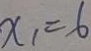
x _ { 1 } = 6